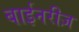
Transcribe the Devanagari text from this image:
बाईनरीज़